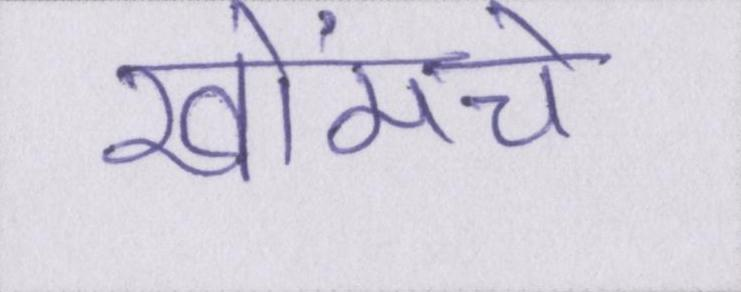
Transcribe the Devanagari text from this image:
खोंमचे